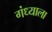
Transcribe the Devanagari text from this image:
गंध्याला